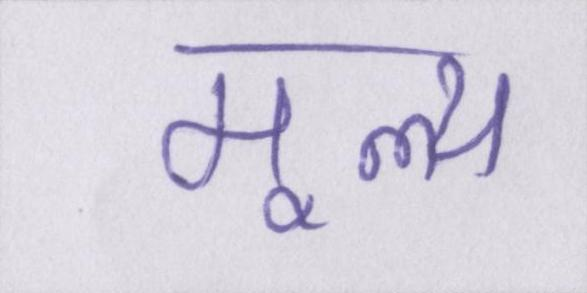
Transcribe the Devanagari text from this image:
मूल्य